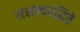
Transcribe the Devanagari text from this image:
लशक्वतद्धिते